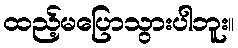
ထည့်မပြောသွားပါဘူး။